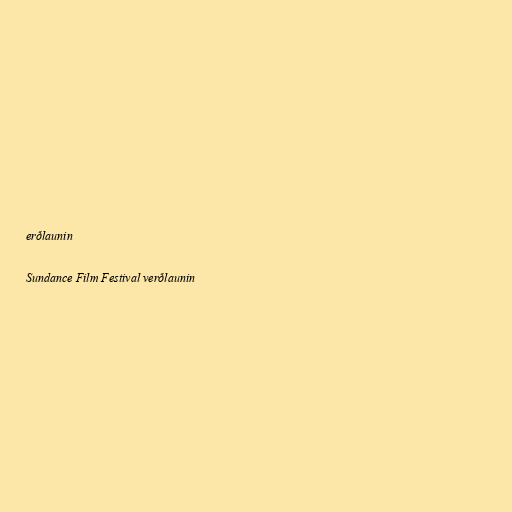
erðlaunin

Sundance Film Festival verðlaunin